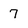
Character: 7